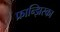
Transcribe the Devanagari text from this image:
फ्रान्झिस्का